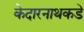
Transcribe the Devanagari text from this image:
केदारनाथकडे